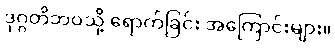
ဒုဂ္ဂတိဘဝသို့ ရောက်ခြင်း အကြောင်းများ။